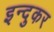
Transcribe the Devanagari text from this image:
इन्दुकर